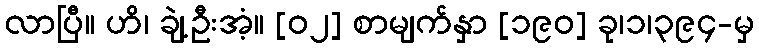
လာပြီ။ ဟိ၊ ချဲ့ဦးအံ့။ [၀၂] စာမျက်နှာ [၁၉၀] ခု၊၁၊၃၉၄-မှ